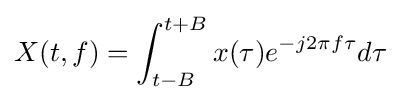
X(t,f)=\int _{t-B}^{t+B}x(\tau )e^{-j2\pi f\tau }d\tau